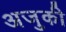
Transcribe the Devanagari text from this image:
अजुकी